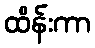
ထိန်းကာ